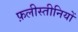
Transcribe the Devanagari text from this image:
फ़लीस्तीनियों